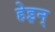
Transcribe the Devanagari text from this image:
हेइन्